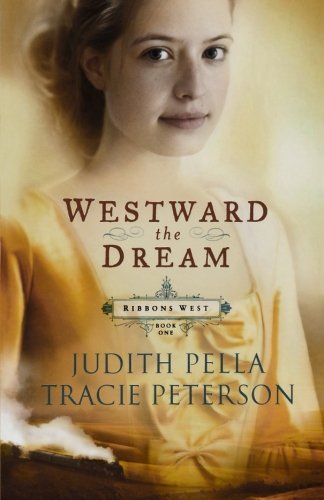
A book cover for Westward the Dream (Ribbons West) (Book 1); Judith Pella; Religion & Spirituality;